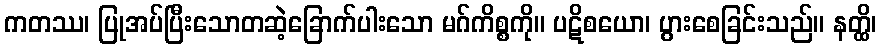
ကတဿ၊ ပြုအပ်ပြီးသောတဆဲ့ခြောက်ပါးသော မဂ်ကိစ္စကို။ ပဋိစယော၊ ပွားစေခြင်းသည်။ နတ္ထိ၊